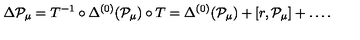
\Delta { \cal P } _ { \mu } = T ^ { - 1 } \circ \Delta ^ { ( 0 ) } ( { \cal P } _ { \mu } ) \circ T = \Delta ^ { ( 0 ) } ( { \cal P } _ { \mu } ) + [ r , { \cal P } _ { \mu } ] + \ldots .